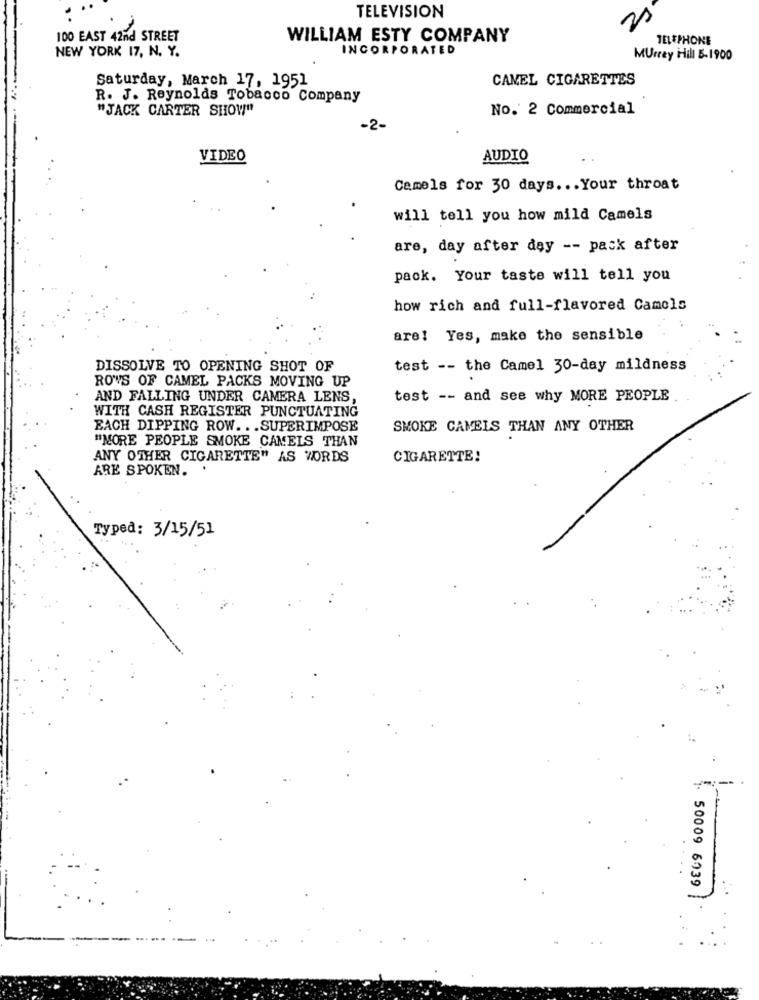
TELEVISION
100 EAST 42nd STREET
WILLIAM ESTY COMPANY
TELEPHONE
NEW YORK 17, N. Y.
INCORPORATED
Murray Hill 5-1900
Saturday, March 17, 1951
CAMEL CIGARETTES
R. J. Reynolds Tobacco Company
"JACK CARTER SHOW"
No. 2 Commercial
-2-
VIDEO
AUDIO
Camels for 30 days ... Your throat
will tell you how mild Camels
are, day after day -- pack after
pack. Your taste will tell you
how rich and full-flavored Camels
are! Yes, make the sensible
DISSOLVE TO OPENING SHOT OF
test -- the Camel 30-day mildness
ROWS OF CAMEL PACKS MOVING UP
AND FALLING UNDER CAMERA LENS,
test -- and see why MORE PEOPLE
WITH CASH REGISTER PUNCTUATING
EACH DIPPING ROW. .. SUPERIMPOSE
SMOKE CAMELS THAN ANY OTHER
"MORE PEOPLE SMOKE CAMELS THAN
ANY OTHER CIGARETTE" AS WORDS
CIGARETTE!
ARE SPOKEN. .
Typed: 3/15/51
--
1. 50009 6739
.....